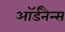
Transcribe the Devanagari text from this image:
ऑर्डनैन्स